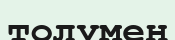
толумен